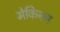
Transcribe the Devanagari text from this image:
मेकिनन